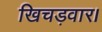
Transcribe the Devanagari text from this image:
खिचड़वार।